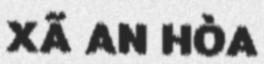
XÃ AN HÒA